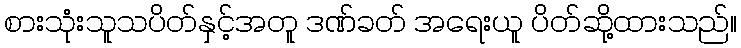
စားသုံးသူသပိတ်နှင့်အတူ ဒဏ်ခတ် အရေးယူ ပိတ်ဆို့ထားသည်။